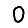
Digit: 0